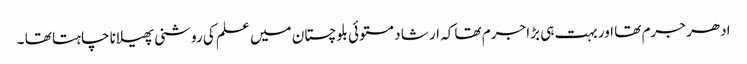
ادھر جرم تھا اور بہت ہی بڑا جرم تھا کہ ارشا د مستوئی بلوچستان میں علم کی روشنی پھیلانا چاہتا تھا ۔